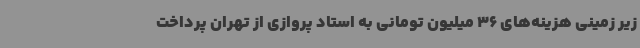
زیر زمینی هزینه‌های 36 میلیون تومانی به استاد پروازی از تهران پرداخت